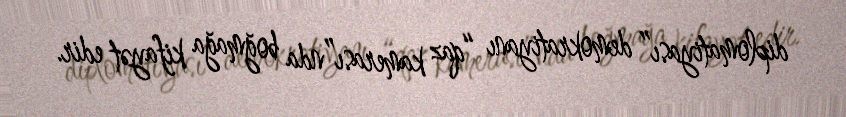
diplomatiyası” demokratiyanı “qaz kamerası”nda boğmağa kifayət edir.